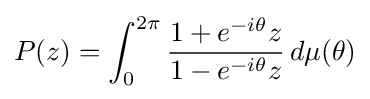
\displaystyle {P(z)=\int _{0}^{2\pi }{1+e^{-i\theta }z \over 1-e^{-i\theta }z}\,d\mu (\theta )}